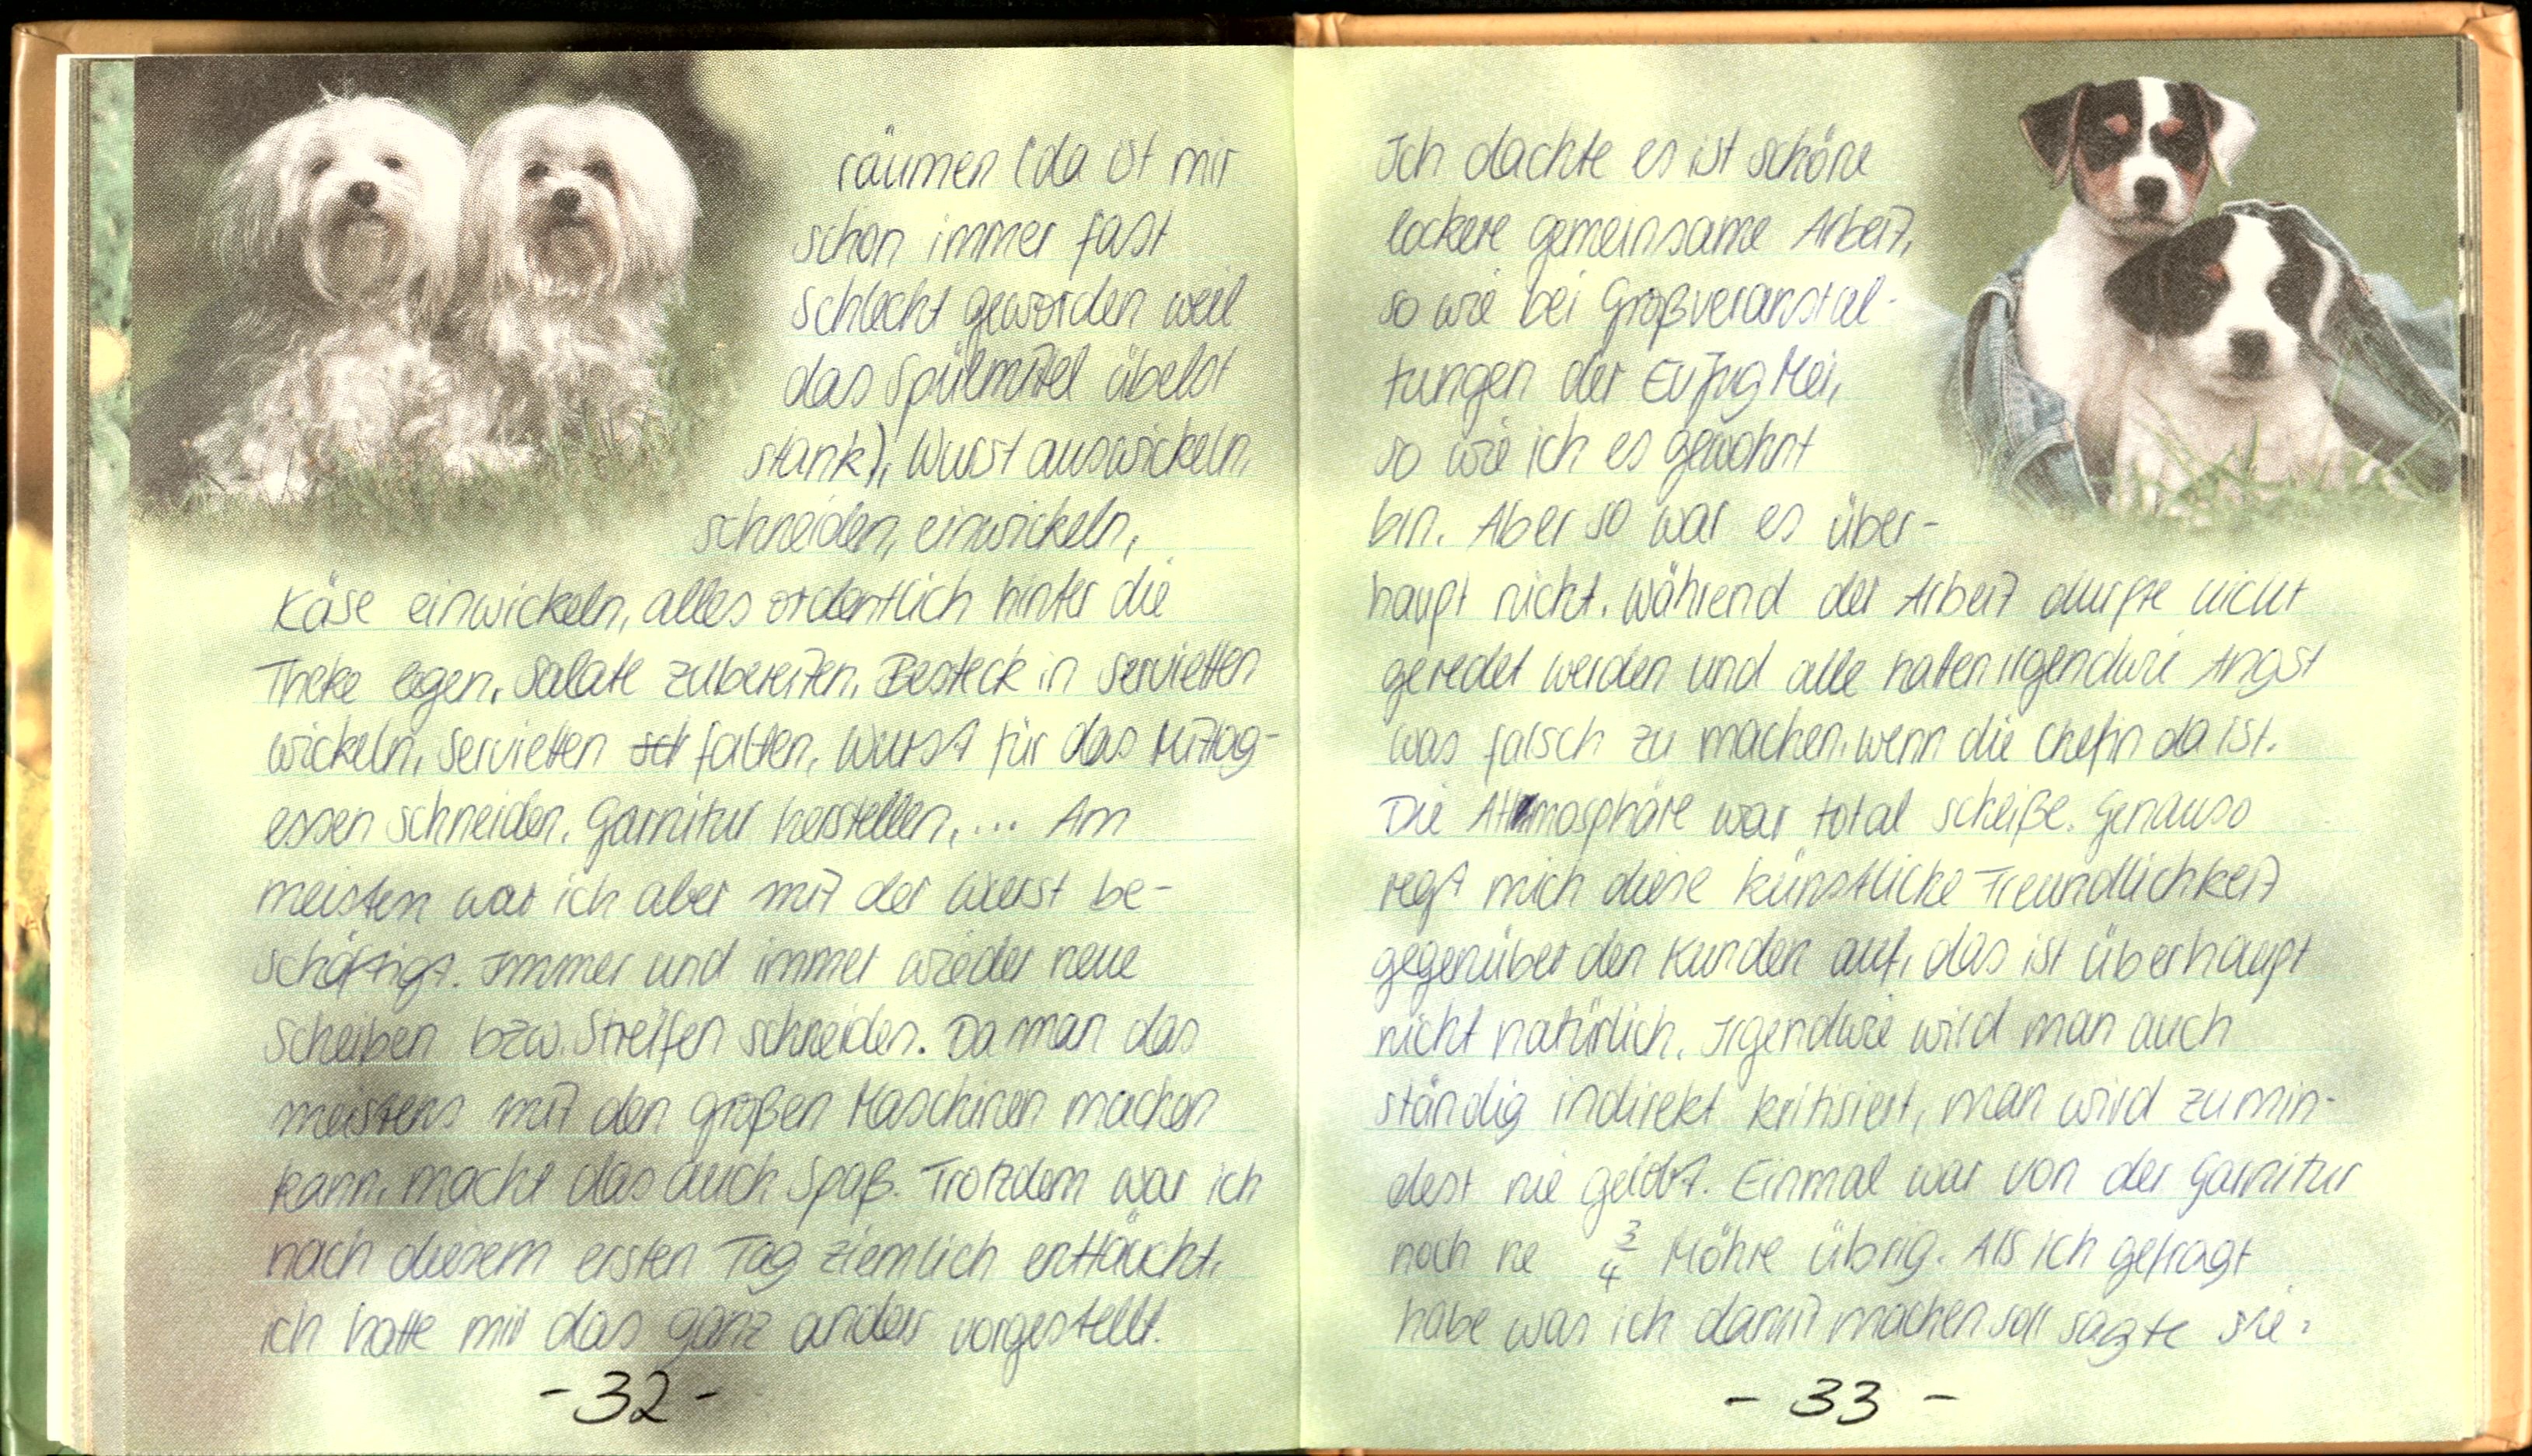
räumen (da ist mir
schon immer fast
schlecht geworden weil
das Spülmittel übelst
stank), Wurst auswickeln,
schneiden, einwickeln,
Käse einwickeln, alles ordentlich hinter die
Theke legen, Salate zubereiten, Besteck in Servietten
wickeln, Servietten falten, Wurst für das Mittag-
essen schneiden. Garnitur herstellen,... Am
meisten war ich aber mit der Wurst be-
schäftigt immer und immer wieder neue
Scheiben bzw. Streifen schneiden. Da man das
meistens mit den großen Maschinen machen
kann, macht das auch Spaß. Trotzdem war ich
nach diesem ersten Tag ziemlich enttäucht,
ich hatte mir das ganz anders vorgestellt.

Ich dachte es ist schöne
lockere gemeinsame Arbeit,
so wie bei Großveranstal-
tungen der EvJugMei,
so wie ich es gewohnt
bin. Aber so war es über-
haupt nicht. Während der Arbeit durfte nicht
geredet werden und alle hatten irgendwie Angst
was falsch zu machen, wenn die Chefin da ist.
Die Athmosphäre war total scheiße. Genauso
regt mich diese künstliche Freundlichkeit
gegenüber den Kunden auf, das ist überhaupt
nicht natürlich. Irgendwie wird man auch
ständig indirekt kritisiert, man wird zumin-
dest nie gelobt. Einmal war von der Garnitur
noch ne ¾ Möhre übrig. Als ich gefragt
habe was ich damit machen soll sagte sie: